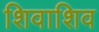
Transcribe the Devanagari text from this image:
शिवाशिव